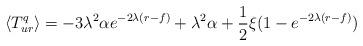
LaTeX: \begin{align*}\langle {T^q_{ur}}\rangle=-3\lambda ^2\alpha e^{-2\lambda(r-f)}+\lambda ^2\alpha+\frac 1 2 \xi(1-e^{-2\lambda(r-f)}) \end{align*}